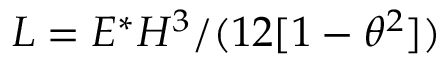
L = E ^ { * } H ^ { 3 } / ( 1 2 [ 1 - \theta ^ { 2 } ] )